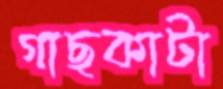
গাছকাটা